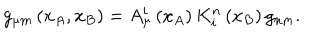
LaTeX: g _ { \mu m } \left( x _ { A } , x _ { B } \right) = A _ { \mu } ^ { i } \left( x _ { A } \right) K _ { i } ^ { n } \left( x _ { B } \right) g _ { n m } .